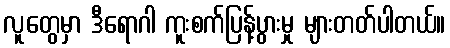
လူတွေမှာ ဒီရောဂါ ကူးစက်ပြန့်ပွားမှု များတတ်ပါတယ်။